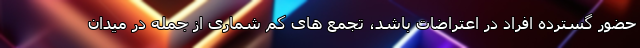
حضور گسترده افراد در اعتراضات باشد، تجمع های کم شماری از جمله در میدان